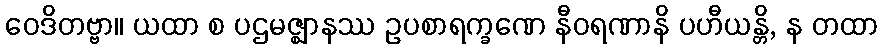
ဝေဒိတဗ္ဗာ။ ယထာ စ ပဌမဇ္ဈာနဿ ဥပစာရက္ခဏေ နီဝရဏာနိ ပဟီယန္တိ, န တထာ